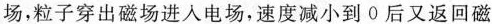
场，粒子穿出磁场进入电场，速度减小到0后又返回磁